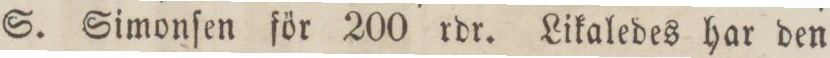
S. Simonſen för 200 rdr. Likaledes har den